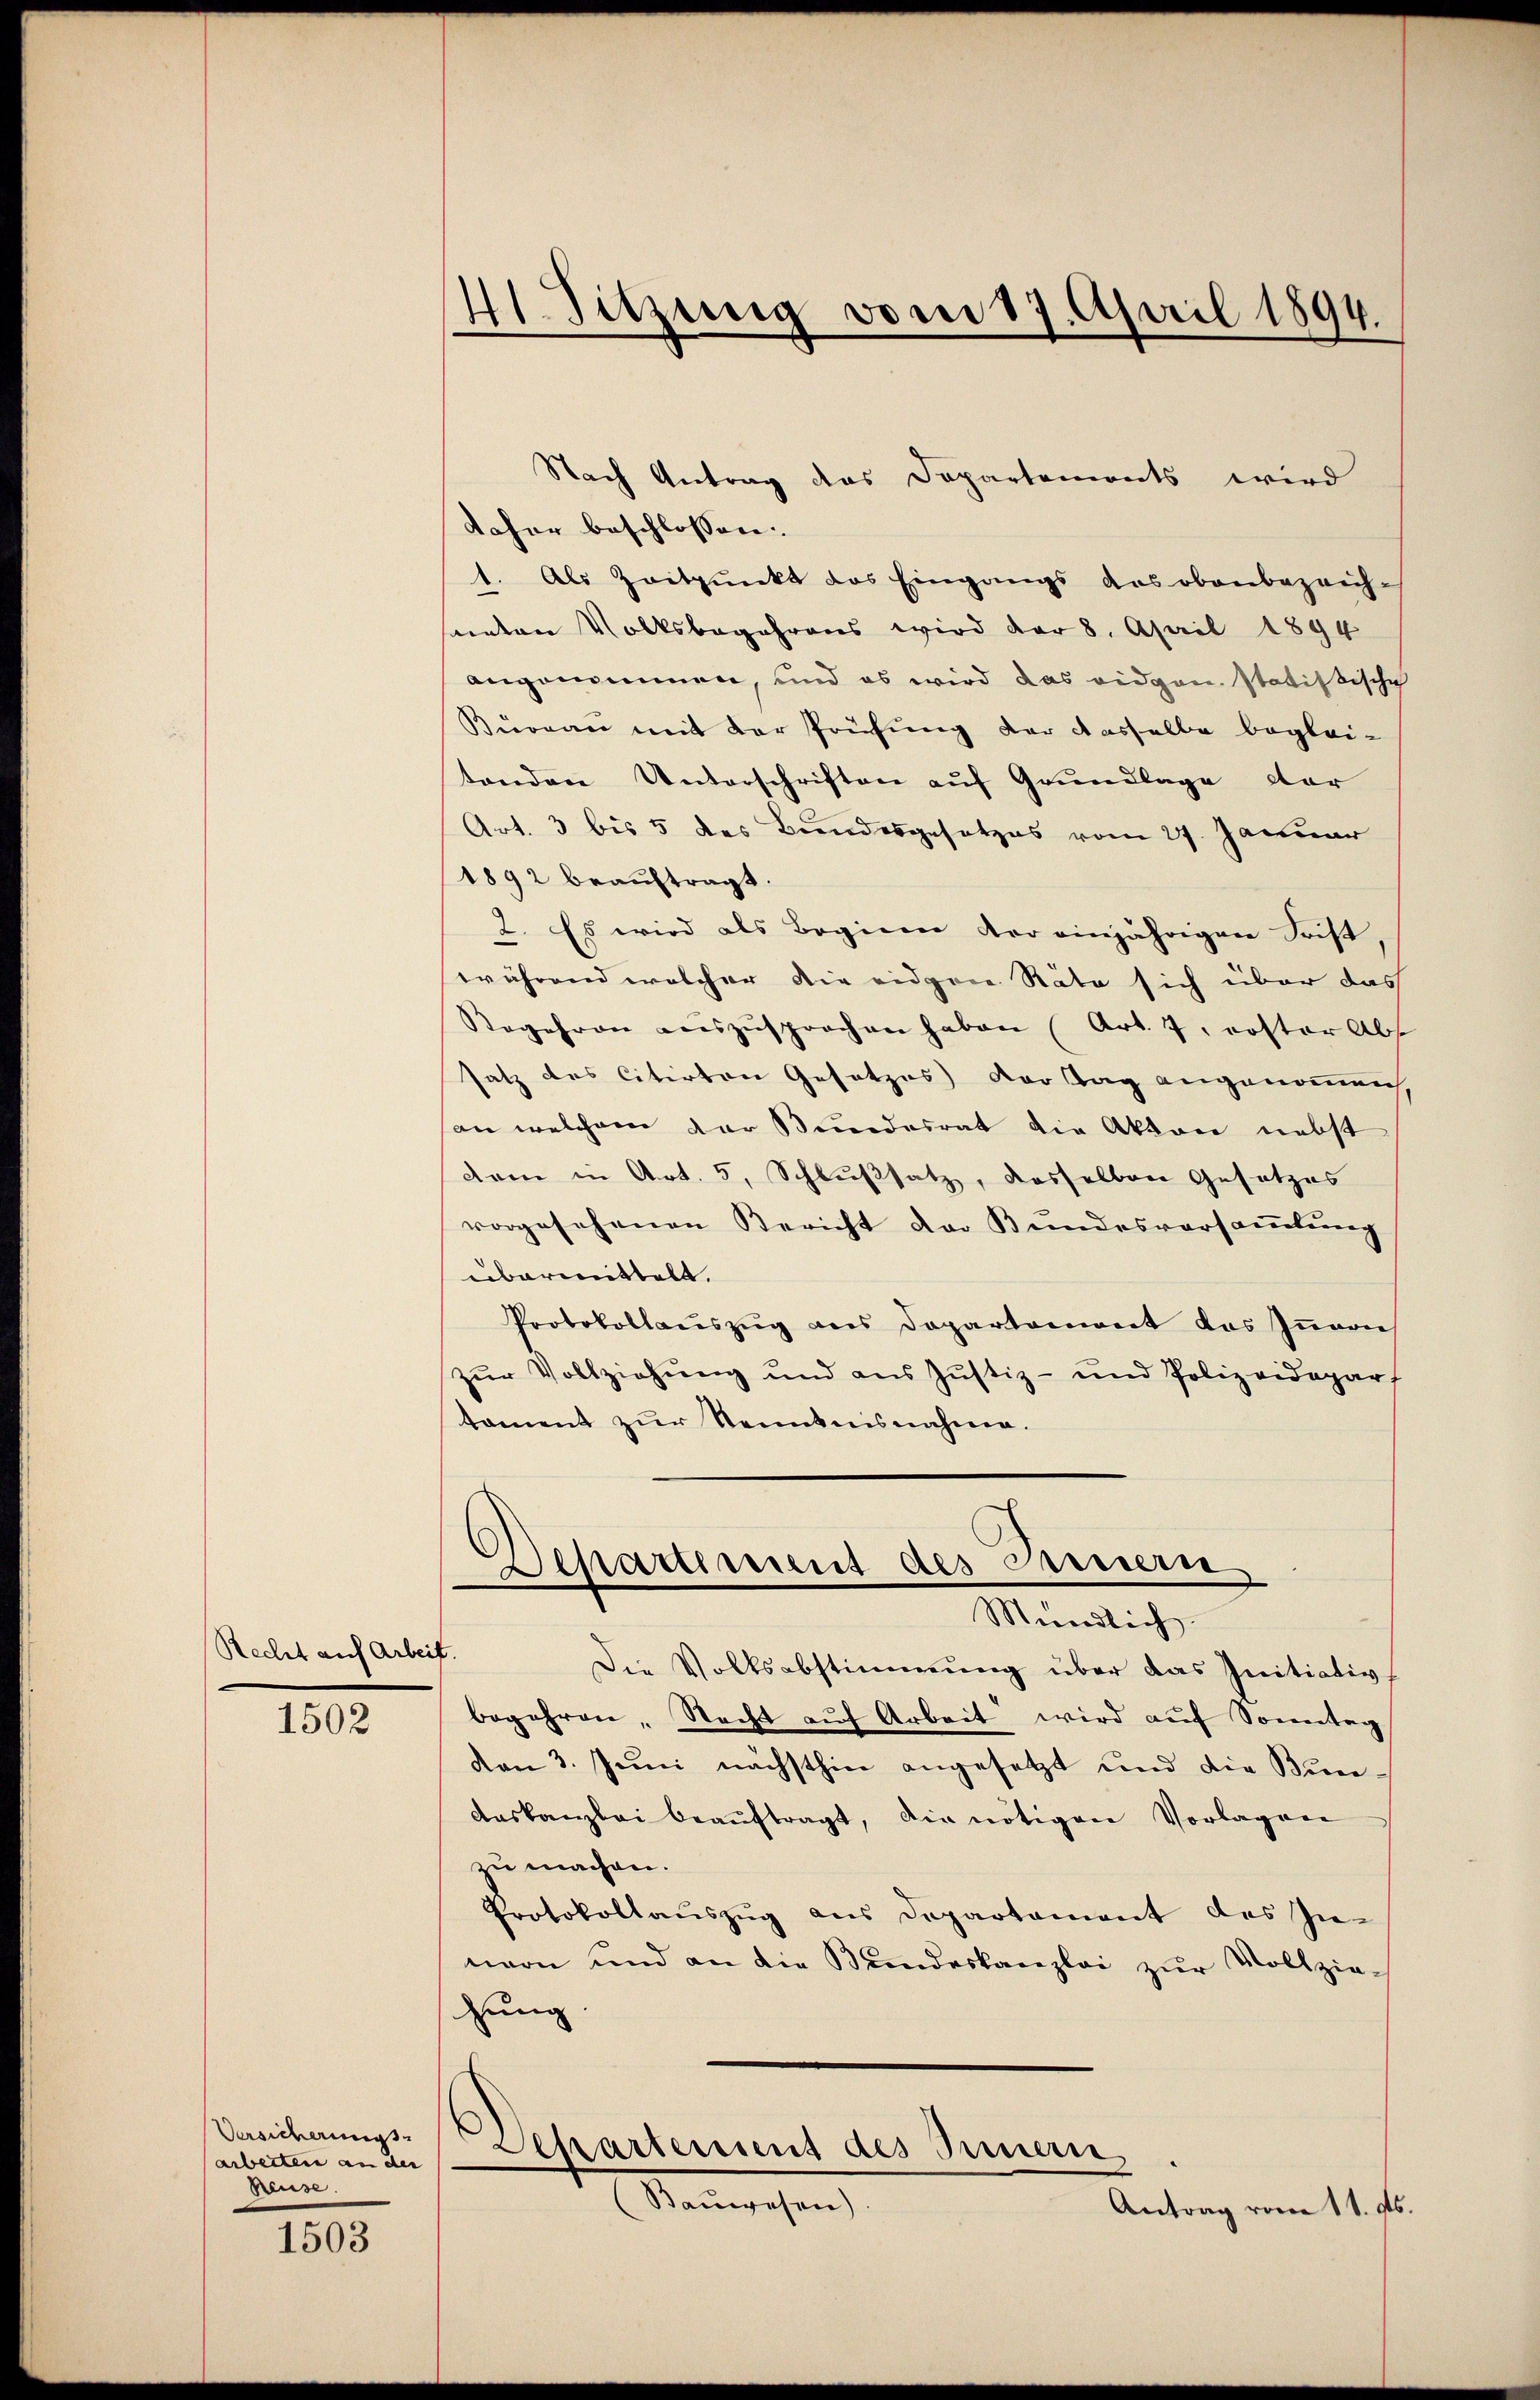
Recht auf Arbe

1502

Versicherungs
arbeiten an der
Beuse.

1503

41. Sitzung vom 17. April 1894.

Nach Antrag das Departemonts wird
daher beschlossen:
1. Als Zeitpunkt das Eingangs des obenbezeich-
unten Volksbegehrens wird der 8. April 1894
angenommen, und es wird das eidgen statistische
Bureau mit der Prüfung der dasselbe begleitenden Unterschriften auf Grundlage der
Art. 3 bis 5 des Bundesgesetzes vom 27. Januar
1892 beauftragt.
2. Es wird als Begiern der einjährigen Frist,
während welcher die eidgene Räte sich über das
Rogehren aŭszŭsprochen haben (Art. 7, erster Abs
satz des citirten Gesetzes dortag angenommen
an welchem der Bundesrat die Akten nebst
dren in Art. 5, Schlußsatz, dasselben Gesetzes
vorgesehenen Bericht der Bundesversammlung
übermittelt.
Protokollaŭszŭg ans Departement das Iṅern
zŭr Vollziehŭng und aus Justiz- und Polizeidepar
toment zur Kenntnisnahme.
Separtiment des Innern
Mündlich.
f.
Die Volksabstimmung über das Initiativ
begehren, Nacht auf Arbeit wird auf Sonntag
den 3. Juni nächsthin angesetzt und die Bundaskanzlei beaŭftragt, die nötigen Vorlagen
zu machen.
Protokollauszug aus Departament des In-
nern und an die Bŭndeskanzlei zŭr Vollzie-
hung
Departement des Innern,
Mangehen,
Antrag vom 11. ds.